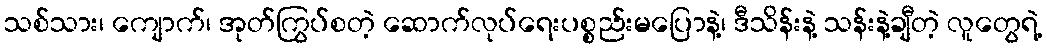
သစ်သား၊ ကျောက်၊ အုတ်ကြွပ်စတဲ့ ဆောက်လုပ်ရေးပစ္စည်းမပြောနဲ့၊ ဒီသိန်းနဲ့ သန်းနဲ့ချီတဲ့ လူတွေရဲ့